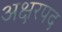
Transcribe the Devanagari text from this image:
अक्षरपद